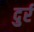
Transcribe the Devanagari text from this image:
दुर्र